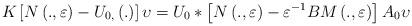
LaTeX: \begin{align*}K\left[ N\left( .,\varepsilon \right) -U_{0,}\left( .\right) \right]\upsilon =U_{0}\ast \left[ N\left( .,\varepsilon \right) -\varepsilon^{-1}BM\left( .,\varepsilon \right) \right] A_{0}\upsilon \end{align*}